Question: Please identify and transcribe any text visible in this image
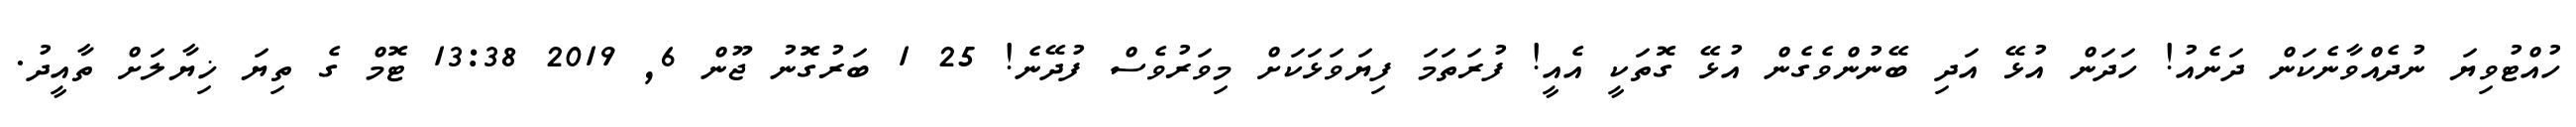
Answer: ހުއްޓުވިޔަ ނުދެއްވާނެކަން ދަނެއު! ހަދަން އުޅޭ އަދި ބޭނުންވެގެން އުޅޭ ގޮތަކީ އެއީ! ފުރަތަމަ ފިޔަވަޅަކަށް މިވަރުވެސް ފުދޭނެ! 25 1 ބަރުގޮނު ޖޫން 6, 2019 13:38 ޓޮމް ގެ ތިޔަ ޚިޔާލަށް ތާއީދު.